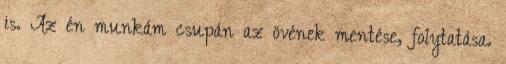
is. Az én munkám csupán az övének mentése, folytatása.